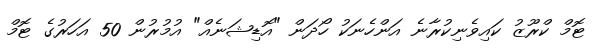
ޓޮމް ކްރޫޒު ކައިވެނިކުރާނެ އަންހެނަކު ހޯދަން "އޮޑިޝަނެއް" އުމުރުން 50 އަހަރުގެ ޓޮމް